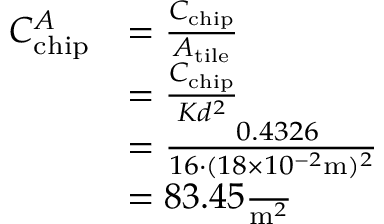
\begin{array} { r l } { C _ { \mathrm { c h i p } } ^ { A } } & { = \frac { C _ { \mathrm { c h i p } } } { A _ { \mathrm { t i l e } } } } \\ & { = \frac { C _ { \mathrm { c h i p } } } { K d ^ { 2 } } } \\ & { = \frac { \ 0 . 4 3 2 6 } { 1 6 \cdot ( 1 8 \times 1 0 ^ { - 2 } \mathrm { m } ) ^ { 2 } } } \\ & { = 8 3 . 4 5 \frac { \ } { \mathrm { m } ^ { 2 } } } \end{array}